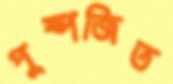
পুষ্পজিত